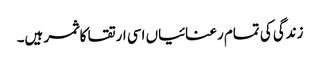
زندگی کی تمام رعنائیاں اسی ارتقا کا ثمر ہیں۔